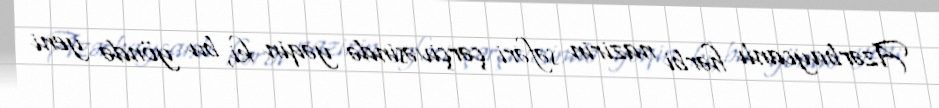
Azərbaycanlı hərbi nazirin səfəri çərçivəsində yəqin ki, bu yöndə yeni